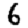
Digit: 6